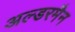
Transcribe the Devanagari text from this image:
अल्डरमैन